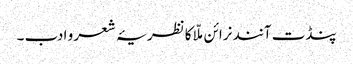
پنڈت آنند نرائن ملّا کا نظریۂ شعر و ادب ۔